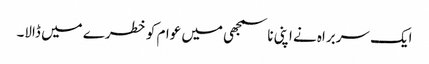
ایک سربراہ نے اپنی ناسمجھی میں عوام کو خطرے میں ڈالا۔